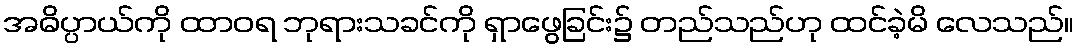
အဓိပ္ပာယ်ကို ထာဝရ ဘုရားသခင်ကို ရှာဖွေခြင်း၌ တည်သည်ဟု ထင်ခဲ့မိ လေသည်။